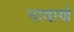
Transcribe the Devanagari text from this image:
नावाणे